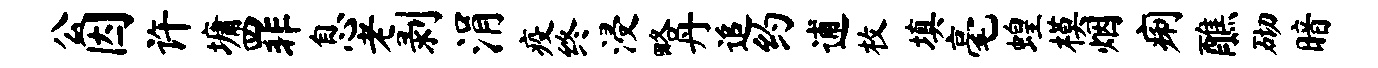
公因许墉罪息老剥涓疫终浸略丹追约逋枚填毫蝗模烟痢醮砌暗